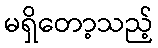
မရှိတော့သည့်